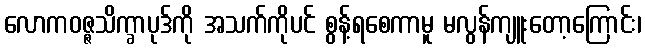
လောကဝဇ္ဇသိက္ခာပုဒ်ကို အသက်ကိုပင် စွန့်ရစေကာမူ မလွန်ကျူးတော့ကြောင်း၊